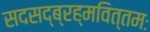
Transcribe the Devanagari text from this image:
सदसद्ब्रह्मवित्तमः